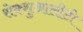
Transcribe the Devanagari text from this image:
सेक्शुआलीटी